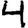
Digit: 4